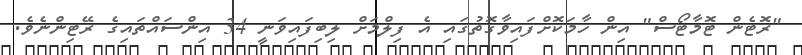
"ރޮޓެން ޓޮމާޓޯސް" އިން ހާމަކޮށްފައިވާގޮތުގައި އެ ފިލްމަށް ލިބިފައިވަނީ 34 އިންސައްތައިގެ ރޭޓިންނެވެ.